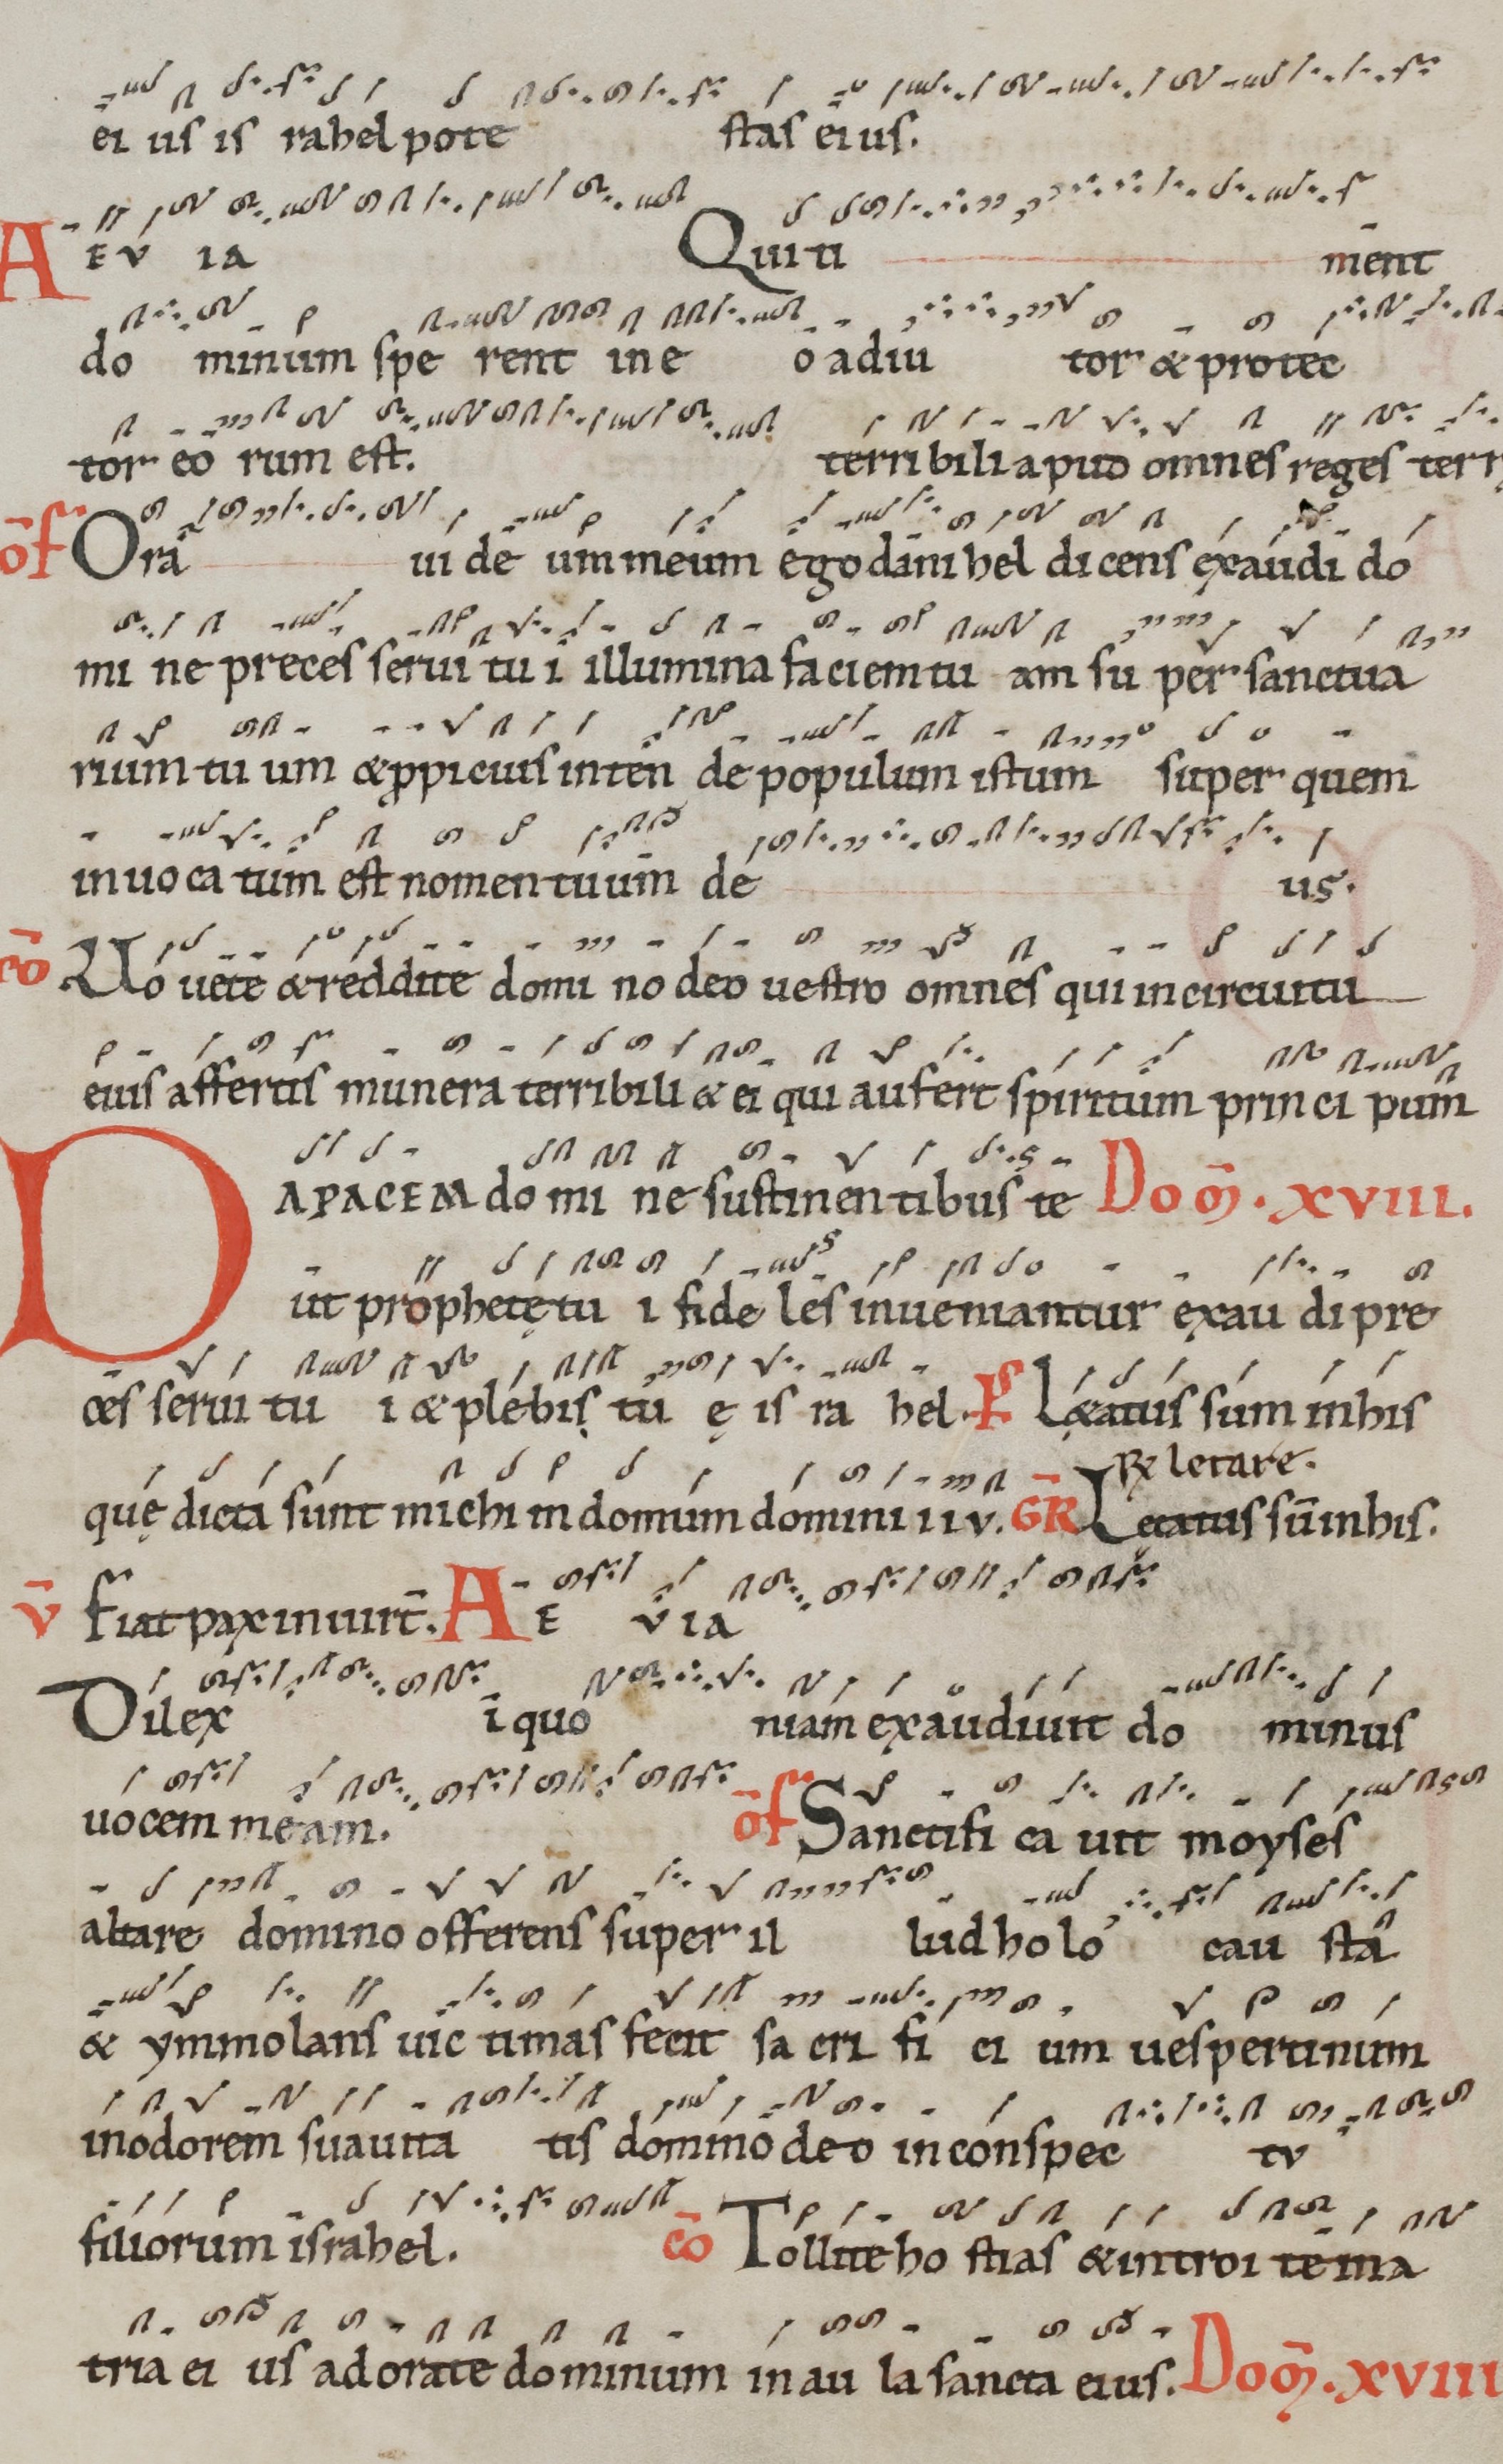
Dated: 1100–1199